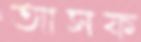
আসফ